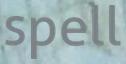
spell